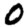
Digit: 0